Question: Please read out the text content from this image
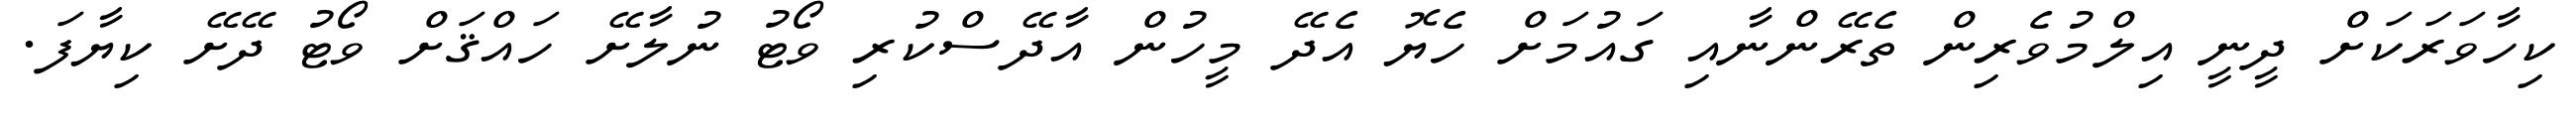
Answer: ކިހާވަރަކަށް ދީނީ އިލްމުވެރިން ތެރޭންނާއި ގައުމަށް ހެޔޮ އެދޭ މީހުން އާދޭސްކުރި ވޯޓު ނުލާށޭ ހައްޤަށް ވޯޓު ދޭށޭ ކިޔާފަ.